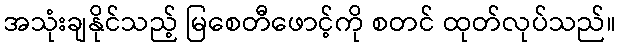
အသုံးချနိုင်သည့် မြစေတီဖောင့်ကို စတင် ထုတ်လုပ်သည်။